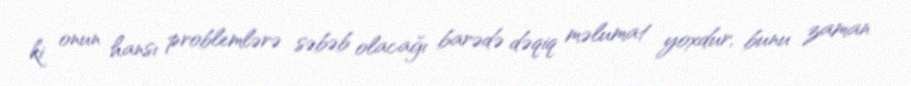
ki onun hansı problemlərə səbəb olacağı barədə dəqiq məlumat yoxdur, bunu zaman